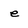
Character: e